Annual report of the Central Committee of the Association together with the report of the directors of the Pasteur Institute at Kasauli
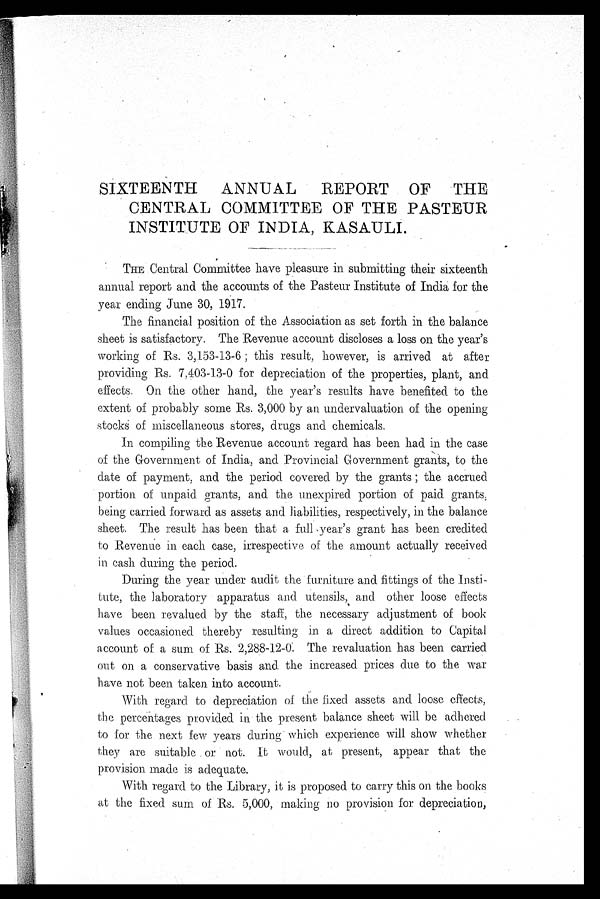
SIXTEENTH ANNUAL REPORT OF THE
CENTRAL COMMITTEE OF THE PASTEUR
INSTITUTE OF INDIA, KASAULI.
THE Central Committee have pleasure in submitting their sixteenth
annual report and the accounts of the Pasteur Institute of India for the
year ending June 30, 1917.
The financial position of the Association as set forth in the balance
sheet is satisfactory. The Revenue account discloses a loss on the year's
working of Rs. 3,153-13-6 ; this result, however, is arrived at after
providing Rs. 7,403-13-0 for depreciation of the properties, plant, and
effects. On the other hand, the year's results have benefited to the
extent of probably some Rs. 3,000 by an undervaluation of the opening
stocks of miscellaneous stores, drugs and chemicals.
In compiling the Revenue account regard has been had in the case
of the Government of India, and Provincial Government grants, to the
date of payment, and the period covered by the grants ; the accrued
portion of unpaid grants, and the unexpired portion of paid grants,
being carried forward as assets and liabilities, respectively, in the balance
sheet. The result has been that a full year's grant has been credited
to Revenue in each case, irrespective, of the amount actually received
in cash during the period.
During the year under audit the furniture and fittings of the Insti
-
tute, the laboratory apparatus and utensils, and other loose effects
have been revalued by the staff, the necessary adjustment of book
values occasioned thereby resulting in a direct addition to Capital
account of a sum of Rs. 2,288-12-0. The revaluation has been carried
out on a conservative basis and the increased prices due to the war
have not been taken into account.
With regard. to depreciation of the fixed assets and loose effects,
the percentages provided in the present balance sheet will be adhered
to for the next few years during which experience will show Whether
they are suitable or not. It would, at present, appear that the
provision made is adequate.
With regard to the Library, i.t is proposed to carry this on the books
at the fixed sum of Rs. 5,000, making no . provision for depreciation,